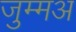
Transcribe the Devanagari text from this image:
जुम्मअ